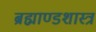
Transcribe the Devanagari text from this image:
ब्रह्माण्डशास्त्र